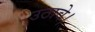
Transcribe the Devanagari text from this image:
उठावे।